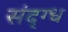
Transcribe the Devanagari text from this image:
संद्ग्ध